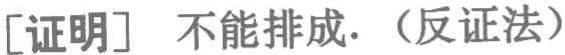
[证明] 不能排成.（反证法）